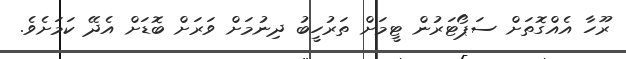
ރޫހާ އެއްގޮތަށް ސަޕޯޓަރުން ޓީމަށް ތަރުހީބު ދިނުމަށް ވަރަށް ބޮޑަށް އެދޭ ކަމަށެވެ.